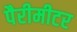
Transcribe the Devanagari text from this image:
पैरीमीटर